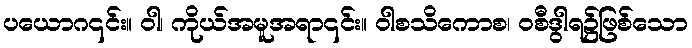
ပယောဂ၎င်း။ ဝါ၊ ကိုယ်အမူအရာ၎င်း။ ဝါစသိကောစ၊ ဝစီဒွါရ၌ဖြစ်သော